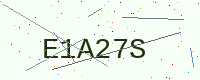
Text: E1A27S